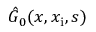
\hat { G } _ { 0 } ( x , x _ { \mathrm { i } } , s )